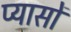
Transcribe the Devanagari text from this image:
प्यासों